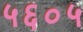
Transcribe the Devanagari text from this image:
५६०५